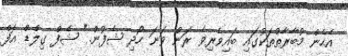
އެހެން މުބާރާތްތަކުގައި ބައިވެރިވެ ރަން ވަނަ ހޯދި ޝެފުން." ޝެފް ގިލްޑް އޮފް